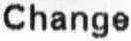
CHANGE